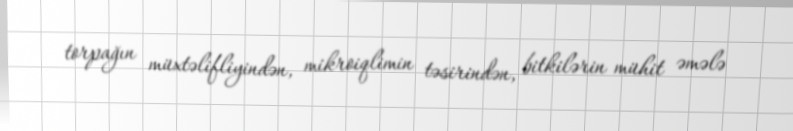
torpağın müxtəlifliyindən, mikroiqlimin təsirindən, bitkilərin mühit əmələ